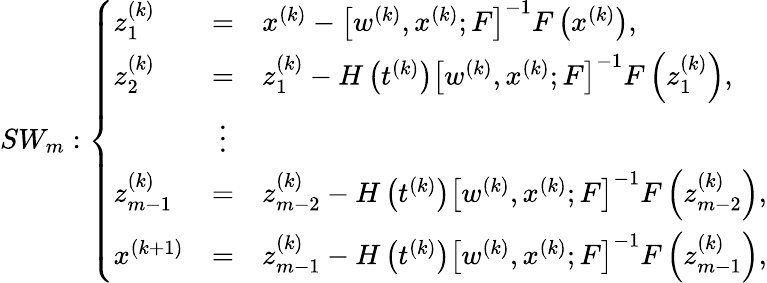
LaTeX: SW_{m}:\left\{ \begin{array}{lcl}{z_{1}^{(k)}}&{=}&{x^{(k)}-\left[w^{(k)},x^{(k)};F\right]^{-1}F\left(x^{(k)}\right),}\\ {z_{2}^{(k)}}&{=}&{z_{1}^{(k)}-H\left(t^{(k)}\right)\left[w^{(k)},x^{(k)};F\right]^{-1}F\left(z_{1}^{(k)}\right),}\\ &{\vdots}&\\ {z_{m-1}^{(k)}}&{=}&{z_{m-2}^{(k)}-H\left(t^{(k)}\right)\left[w^{(k)},x^{(k)};F\right]^{-1}F\left(z_{m-2}^{(k)}\right),}\\ {x^{(k+1)}}&{=}&{z_{m-1}^{(k)}-H\left(t^{(k)}\right)\left[w^{(k)},x^{(k)};F\right]^{-1}F\left(z_{m-1}^{(k)}\right),}\end{array}\right.